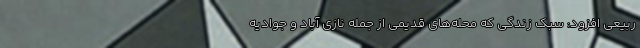
ربیعی افزود: سبک زندگی که محله‌های قدیمی از جمله نازی آباد و جوادیه